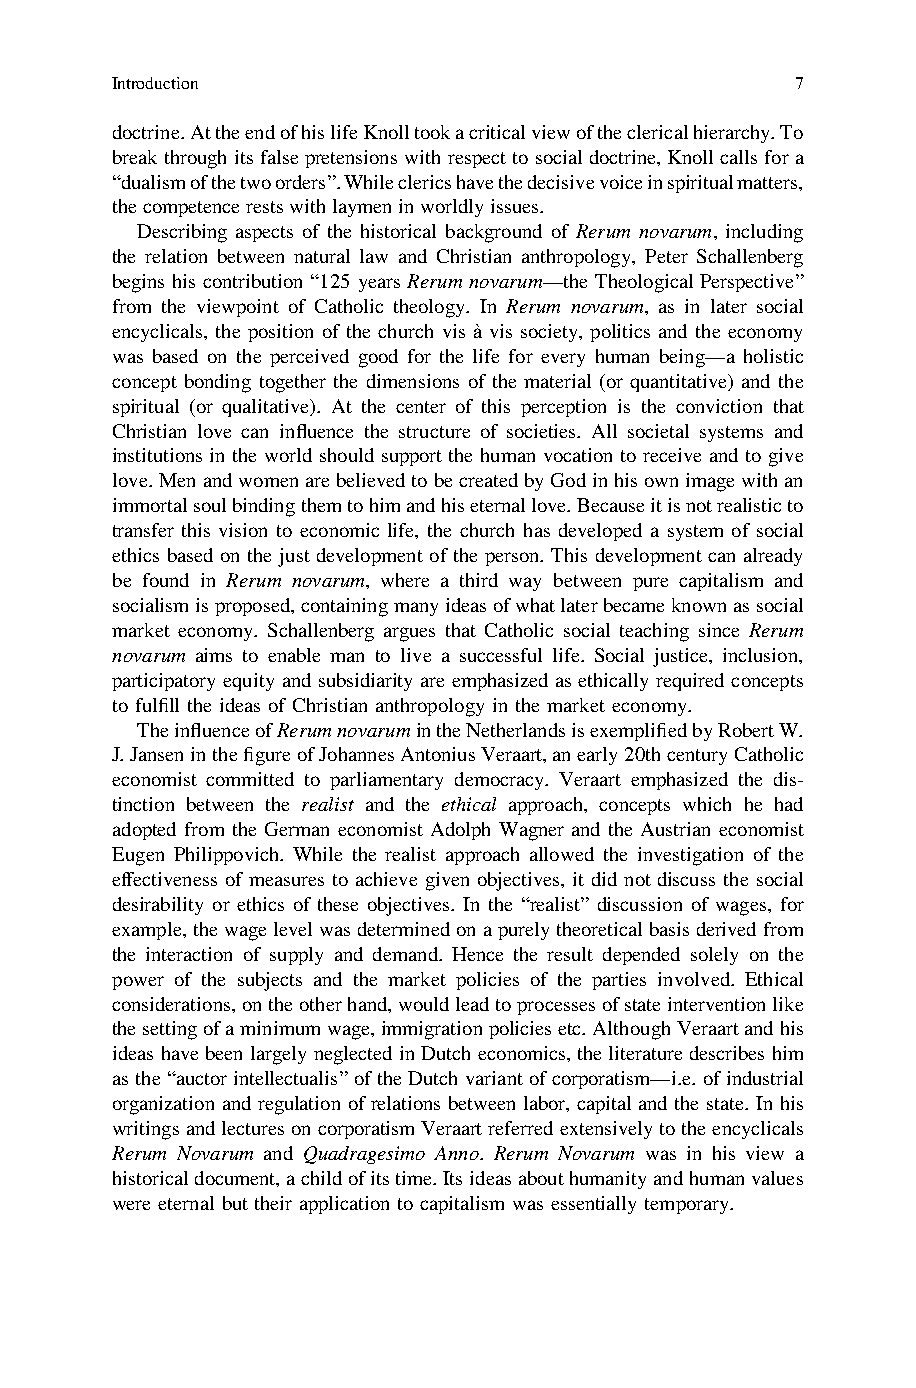
Introduction                                  7
 doctrine.AttheendofhislifeKnolltookacriticalviewoftheclericalhierarchy.To
 break through its false pretensionswithrespecttosocialdoctrine, Knollcalls for a
 “dualismofthetwoorders”.Whileclericshavethedecisivevoiceinspiritualmatters,
 thecompetencerestswithlaymeninworldlyissues.
 Describing aspects of the historical background of Rerum novarum, including
 the relation between natural law and Christian anthropology, Peter Schallenberg
 begins his contribution “125 years Rerum novarum—the Theological Perspective”
 from the viewpoint of Catholic theology. In Rerum novarum, as in later social
 encyclicals, the position of the church vis à vis society, politics and the economy
 was based on the perceived good for the life for every human being—a holistic
 concept bonding together the dimensions of the material (or quantitative) and the
 spiritual (or qualitative). At the center of this perception is the conviction that
 Christian love can influence the structure of societies. All societal systems and
 institutions in the world should support the human vocation to receive and to give
 love.MenandwomenarebelievedtobecreatedbyGodinhisownimagewithan
 immortalsoulbindingthemtohimandhiseternallove.Becauseitisnotrealisticto
 transfer this vision to economic life, the church has developed a system of social
 ethics based on the just development of the person. This development can already
 be found in Rerum novarum, where a third way between pure capitalism and
 socialismisproposed,containingmanyideasofwhatlaterbecameknownassocial
 market economy. Schallenberg argues that Catholic social teaching since Rerum
 novarum aims to enable man to live a successful life. Social justice, inclusion,
 participatory equity and subsidiarity are emphasized as ethically required concepts
 to fulfill the ideas of Christian anthropology in the market economy.
 TheinfluenceofRerumnovarumintheNetherlandsisexemplifiedbyRobertW.
 J.JanseninthefigureofJohannesAntoniusVeraart,anearly20thcenturyCatholic
 economist committed to parliamentary democracy. Veraart emphasized the dis-
 tinction between the realist and the ethical approach, concepts which he had
 adopted from the German economist Adolph Wagner and the Austrian economist
 Eugen Philippovich. While the realist approach allowed the investigation of the
 effectiveness of measures to achieve given objectives, it did not discuss the social
 desirability or ethics of these objectives. In the “realist” discussion of wages, for
 example,thewagelevelwasdeterminedonapurelytheoreticalbasisderivedfrom
 the interaction of supply and demand. Hence the result depended solely on the
 power of the subjects and the market policies of the parties involved. Ethical
 considerations,ontheotherhand,wouldleadtoprocessesofstateinterventionlike
 thesettingofaminimumwage,immigrationpoliciesetc.AlthoughVeraartandhis
 ideas havebeenlargelyneglectedinDutcheconomics,theliteraturedescribeshim
 as the “auctor intellectualis” of the Dutch variant of corporatism—i.e.of industrial
 organization and regulation of relations between labor, capital and the state. In his
 writingsandlecturesoncorporatismVeraartreferredextensivelytotheencyclicals
 Rerum Novarum and Quadragesimo Anno. Rerum Novarum was in his view a
 historicaldocument,achildofitstime.Itsideasabouthumanityandhumanvalues
 were eternal but their application to capitalism was essentially temporary.